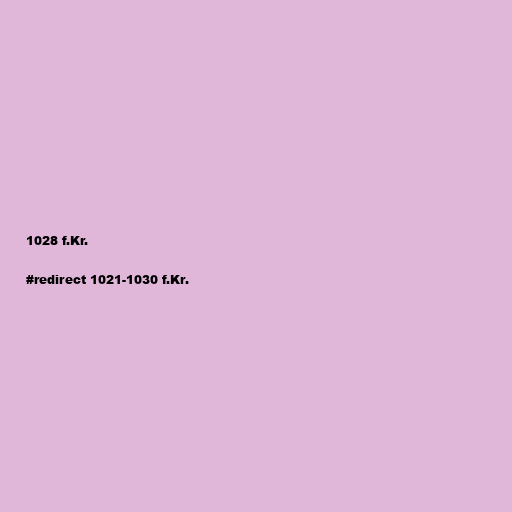
1028 f.Kr.

#redirect 1021-1030 f.Kr.